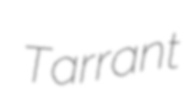
Tarrant